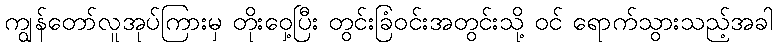
ကျွန်တော်လူအုပ်ကြားမှ တိုးဝှေ့ပြီး တွင်းခြံဝင်းအတွင်းသို့ ဝင် ရောက်သွားသည့်အခါ